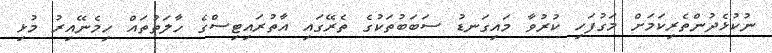
ނުކުޅެދުންތެރިކަމަށް މަގުފަހި ކުރުވާ މައިގަނޑު ސަބަބުތަކުގެ ތެރޭގައި އާތުރައިޓިސްގެ ހާލަތުތައް ހިމެނޭއިރު މުޅި